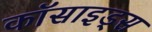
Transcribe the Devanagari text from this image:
कॉसाइड्स